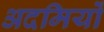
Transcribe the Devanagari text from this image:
अदमियों